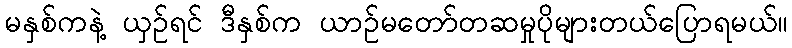
မနှစ်ကနဲ့ ယှဉ်ရင် ဒီနှစ်က ယာဉ်မတော်တဆမှုပိုများတယ်ပြောရမယ်။